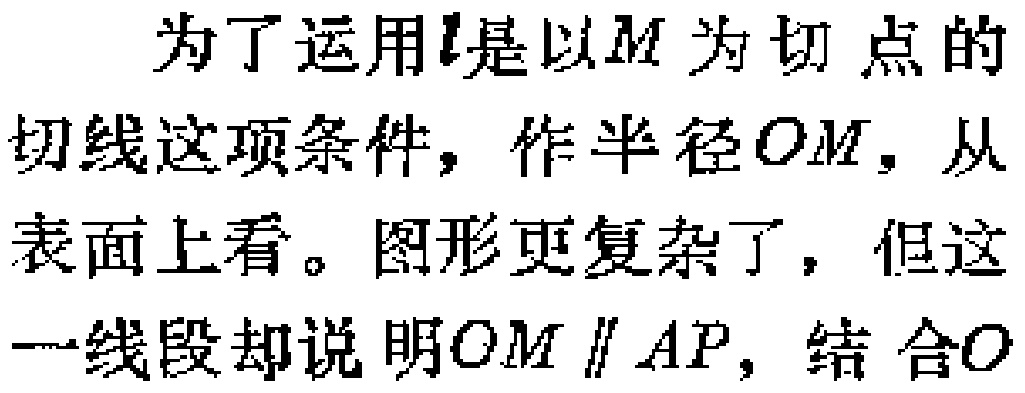
为了运用\(l\)是以\(M\)为切点的切线这项条件，作半径\(OM\)，从表面上看。图形更复杂了，但这一线段却说明\(OM \parallel AP\)，结合\(O\)